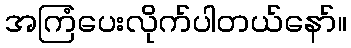
အကြံပေးလိုက်ပါတယ်နော်။